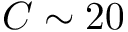
C \sim 2 0